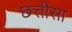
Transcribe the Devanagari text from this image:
छत्तीसा